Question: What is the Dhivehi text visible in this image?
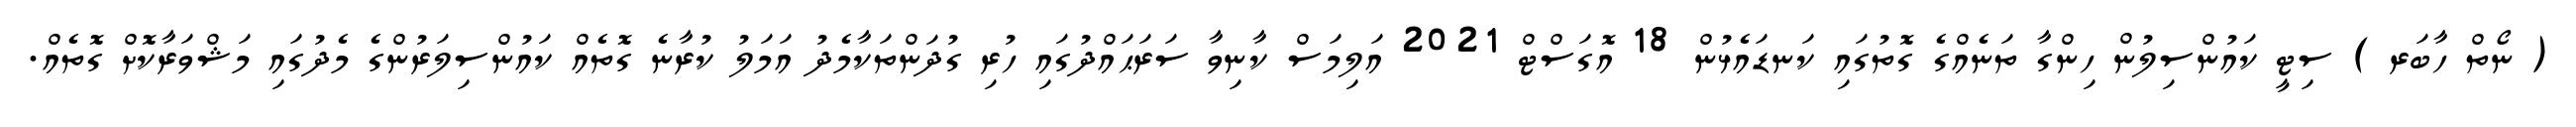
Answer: ( ނޯތް ހާބަރ ) ސިޓީ ކައުންސިލުން ހިންގާ ތަނެއްގެ ގޮތުގައި ކަނޑައެޅުން 18 އޮގަސްޓް 2021 އަލިމަސް ކާނިވާ ސަރަޙައްދުގައި ހުރި ގުދަންތަކާމެދު އަމަލު ކުރާނެ ގޮތެއް ކައުންސިލަރުންގެ މެދުގައި މަޝްވަރާކޮށް ގޮތެއް.